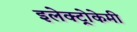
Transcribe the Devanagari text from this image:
इलेक्ट्रोकेमी